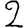
Digit: 2